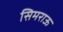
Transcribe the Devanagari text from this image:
सिमराऊ